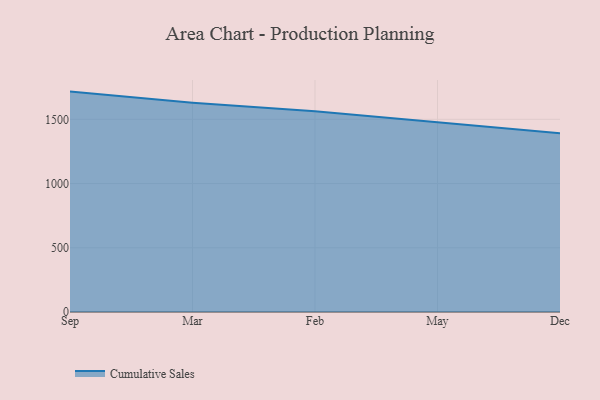
{"axis": {"x": "Month", "y": "Page Views"}, "legend": ["Cumulative Sales"], "data": [{"x": "Sep", "y": 1715.6, "type": "Cumulative Sales"}, {"x": "Mar", "y": 1629.1, "type": "Cumulative Sales"}, {"x": "Feb", "y": 1563.0, "type": "Cumulative Sales"}, {"x": "May", "y": 1478.7, "type": "Cumulative Sales"}, {"x": "Dec", "y": 1392.1, "type": "Cumulative Sales"}]}